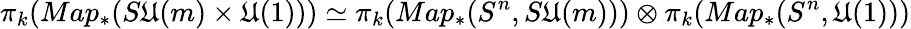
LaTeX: \pi_{k}(Map_{\ast}(S\mathfrak{U}(m)\times\mathfrak{U}(1)))\simeq\pi_{k}(Map_{\ast}(S^{n},S\mathfrak{U}(m)))\otimes\pi_{k}(Map_{\ast}(S^{n},\mathfrak{U}(1)))